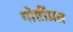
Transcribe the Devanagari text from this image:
गोष्टींप्रत